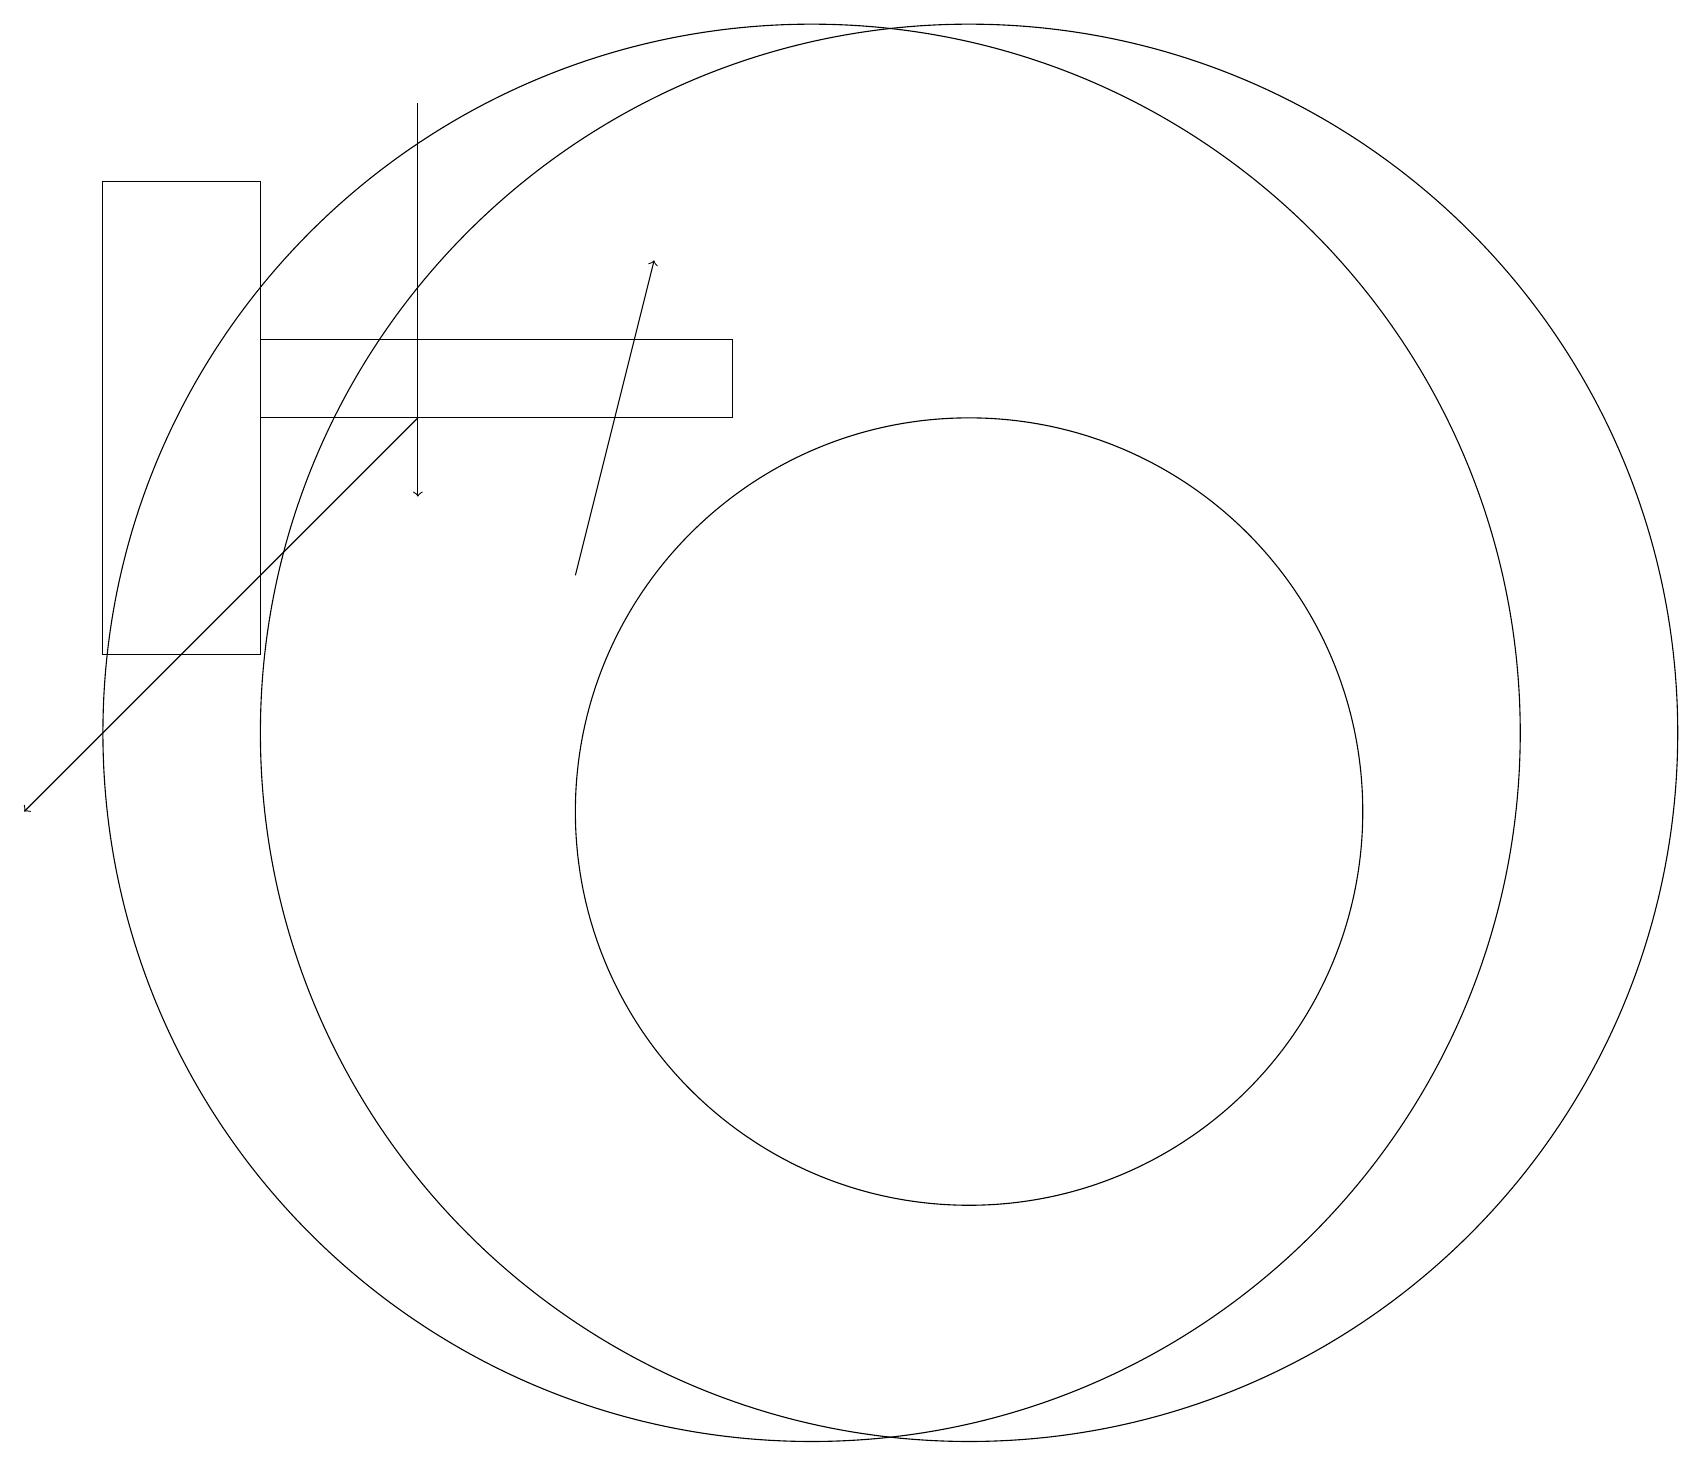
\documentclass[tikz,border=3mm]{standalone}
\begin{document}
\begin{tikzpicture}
\draw[->] (5,19) -- (5,14);
\draw (9,16) rectangle (3,15);
\draw[->] (5,15) -- (0,10);
\draw (3,12) rectangle (1,18);
\draw (12,10) circle (5);
\draw (10,11) circle (9);
\draw[->] (7,13) -- (8,17);
\draw (12,11) circle (9);
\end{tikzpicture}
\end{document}